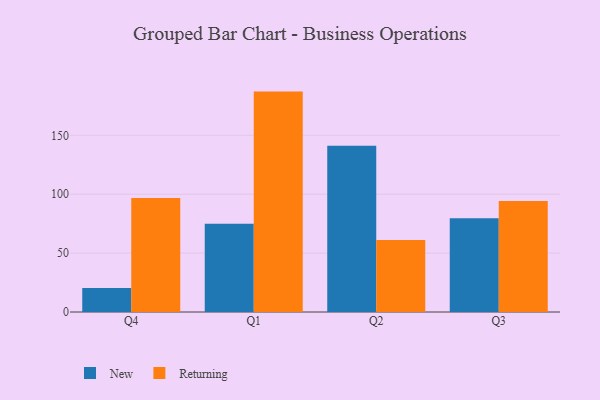
{"axis": {"x": "Quarter", "y": "Demand Index"}, "legend": ["New", "Returning"], "data": [{"x": "Q4", "y": 20.4, "type": "New"}, {"x": "Q4", "y": 96.7, "type": "Returning"}, {"x": "Q1", "y": 75.0, "type": "New"}, {"x": "Q1", "y": 187.1, "type": "Returning"}, {"x": "Q2", "y": 141.1, "type": "New"}, {"x": "Q2", "y": 61.1, "type": "Returning"}, {"x": "Q3", "y": 79.6, "type": "New"}, {"x": "Q3", "y": 94.3, "type": "Returning"}]}